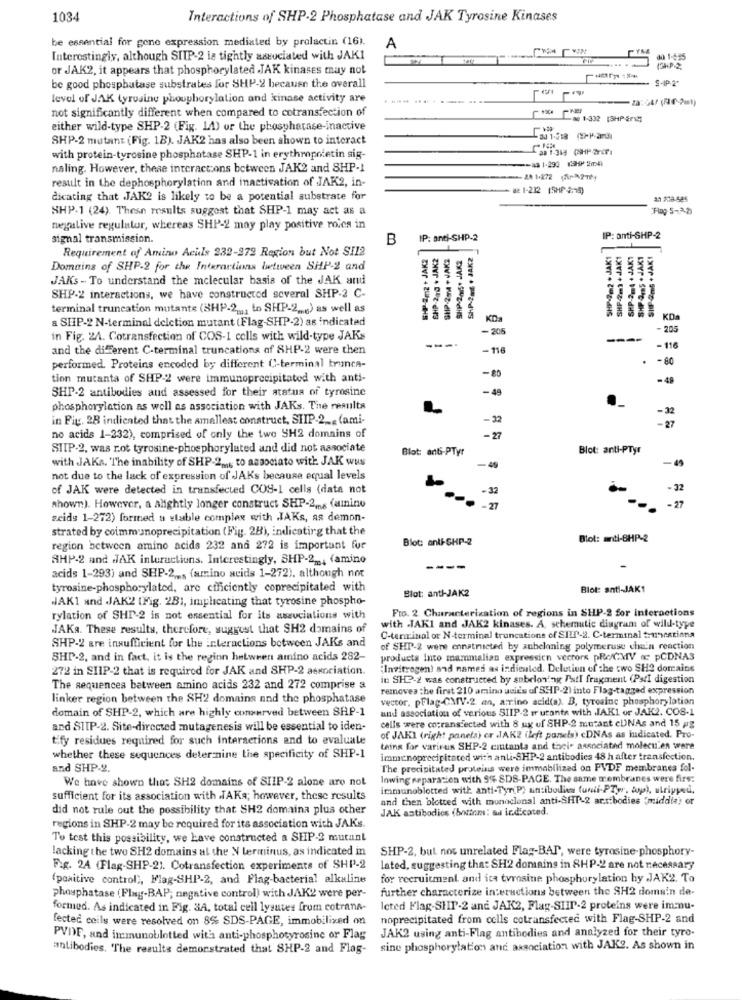
1034
Interactions of SHP-2 Phosphatase and JAK Tyrosine Kinases
be essential for gene expression mediated by prolactin (16).
A
Interestingly, although SITP-2 is tightly associated with JAK1
or JAK2, it appears that phosphorylated JAK kinases may not
(3HP 2.
S-IP 2'
be good phosphatase substrates for SHP-2 because the overall
level of JAK tyrosine phosphorylation and kinase activity are
not significantly different when compared to cotransfection of
La 1-332 [3HP ind]
either wild-type SHP-2 (Fig. 1A) or the phosphatase-inactive
SHP-2 mutant (Fig. 1B). JAK2 has also been shown to interact
with protein-tyrosine phosphatase SHP-1 in erythropotetin sig-
naling. However, these interactions between JAK2 and SHP-1
result in the dephosphorylation and inactivation of JAK2, in-
28 1.272 (532Th,
de 1-212 15HP 2.15)
dicating that JAK2 is likely to be a potential substrate for
SHP-1 (24). These results suggest that SHP-1 may act as a
negative regulator, whereas SHP-2 may play positive roles in
signal transmission.
B
IP: anti-SHP-2
IP: anti-SHP-2
Requirement of Amino Acids 232-272 Region but Not SI12
SHP-2m2 + JAKZ
CHP-210 . JAK2
SHP-25+ JAK2
SAP-2ml + JAKZ
SHP-2-2 + JAK
SHP-2ml +JJAK1
4 +JAKT
.JAK1
SIP-2ms +JAK!
Domains of SHP-2 for the Interactions between SHP-2 and
JAKs - To understand the molecular basis of the JAK and
SHP-2
SHP 4
SHP-2 interactions, we have constructed several SHP-2 C-
terminal truncation mutants (BHP-2 _,, to SHP-2 .... ) as well as
a SHIP-2 N-terminal deletion mutant (Flag-SHP-2) as indicated
KD
-205
in Fig. 2A. Cotransfection of COS-I cells with wild-type JAKs
----
and the di Ferent C-terminal truncations of SHP-2 were then
-116
- 116
-80
performed. Proteins encoded by different C-terminal trunca-
-80
tion mutanta of SHP-2 were immunoprecipitated with anti-
-48
SHP-2 antibodies and assessed for their status of tyrosine
-49
phosphorylation as well as association with JAKs. The results
-32
in Fig. 28 indicated that the smallest construct, SIIP-2 ... (ami-
-32
no acids 1-232), comprised of only the two SH2 domains of
-27
-27
STIP-2, was rot tyrosine-phosphorylated and did not associate
Blot: anti-PTyr
Blot: anti-PTyr
with JAKs. The inability of SHP-2m. to associato with. JAK wus
- 45
-49
not due to the lack of expression of JAKs because equal levels
of JAK were detected in transfected COS-1 cells (data not
-32
-32
shown). However, a alightly longer construct SHP-2ms (amino
-27
seids 1-272) formed a stable complex with JAKs, as demon-
strated by coimm unoprecipitation (Fig. 2B), indicating that the
Blot: anti-SHP-2
Blot: anti-8HP-2
region between amino acids 232 and 272 is important fur
SHP-2 and JJAK interactions. Interestingly, SHP-22 ., (amino
----
acids 1-293) and SHP-2 ,,, (amino acids 1-272). although not
tyrosine-phosphorylated, are cificiently coprecipitated with
Blot: anti-JAK2
Blot: anti-JAK1
JAK1 and JAK2 (Fig. 2B1, implicating that tyrosine phospho-
Fro. 2 Characterization of regions in SHP-2 for interactions
rylation of SHP-2 is not essential for its associations with
JAKa. These results, therefore, suggest that SH2 domains of
with JAKI and JAK2 kinases. A, schematic diagram of wild-type
C-terminal or N-terminal truncations of SIII-2. C-terminal trunextinna
SHP-2 are insufficient for the interactions between JAKs and
of SHT-2 were ennatructed by anbeloning polymeruse chain reaction
SHP-2, and in fact, it is the region hetweer amino acids 282-
products Into mammalian expression vectors pRe/CMV ac pCDNAS
272 in SIIP-2 that is required for JAK and SHP-2 association.
"Invitrogen) and names as indicated. Delution of the two SH2 domains
in SHO-2 was constructed by sobeloning Patl fragment (PstI digestion
The sequencea between amino acids 232 and 272 comprise a
removes the first 210 amino ucies of SHIP-2) into Flag-tagged expression
linker region between the SH2 domains and the phosphatase
vector. pFlag-CMV-2 an, amino acid(a). B, tyrosine phosphorylation
domain of SHP-2, which are highly conserved between SHP-1
and association of various SIIP-2 ir ucants with JAK1 or JAK2. COS-1
cells were co:ransfected with 8 ux of SHP-2 mutant cUNAs and 15 pg
and SIIP-2. Site-directed mutagenesis will be essential to iden-
tify residues required for such interactions and to evaluate
of JAKI (right panela) er JAK2 (left ponets) cDNAs as indicated. Pro-
tains for varirus SHP-2 cmtanta and toci- associated moleculen were
whether these sequences deter nine the specificity of SHP-1
immunoprecipitated with anti-SHP-2 antibodies 48 h after transfection.
and SHP.g.
The precipitated proteins were immobilized on PVDF membranes fol-
We have shown that SH2 domains of SIIP-2 alone aro not
Inwing separation with 9% SDS-PAGE. The same membranes were firs:
immunoblotted with anti-Tyr( P) antibodies funti-PTw, top), utriyped,
sufficient for its association with TAKa; however, these results
and then blotted with monoclonal anti-SHIP-2 artibodies "middia) or
did not rule out the possibility that SH2 domaina plus other
JAK antibodies (bottom: ad indicated.
regions in SHP-2 may be required for its association with JAKs.
To test this possibility, we have constructed a SHIP-2 mutant
lacking the two SH2 domains al the N terminus, as indicated in
SHP-2, but nos unrelated Flag-BAP, were tyrosine-phosphory-
Fig. 2A (Flag-SHP-21. Cotransfection experiments of SHP-2
lated, suggesting that SH2 domains in SHP-2 are not necessary
(positive control), Flag-SHP-2, and Plag-bacterial alkaline
for recruitment and ica tyrosine phosphorylation hy JAK2. To
further characterize interactions between the SH2 domain de-
phosphatase (Flag-BAP; negative control) with JAK2 were per-
formed. As indicated in Fig. 3A, total cell lysutes from cotrans-
leted Flag-SHIP-2 and JAK2, Flag-SIIP-2 proteins were immu-
fected coils were resolved on 8% SDS-PAGE, immobilized on
noprecipitated from cells cotransfected with Flag-SHP-2 and
JAK2 using anti-Flag antibodies and analyzed for their tyro-
PVDF, and immunoblotted with anti-phosphotyrosine or Flag
antibodies, "The results demonstrated that SHP-2 and Flag-
sine phosphorylation and association with JAK2. As shown in